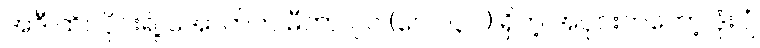
အဲဒီ ထိပ်ပိုင်းရဲ့ အောက်က မီတာ ၇၀ (ပေ ၂၃၀) ရှိတဲ့ အပိုင်းကတော့ ဒုံးပျံ